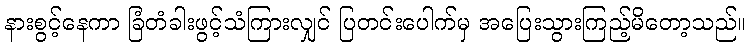
နားစွင့်နေကာ ခြံတံခါးဖွင့်သံကြားလျှင် ပြတင်းပေါက်မှ အပြေးသွားကြည့်မိတော့သည်။